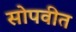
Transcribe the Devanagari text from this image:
सोपवीत